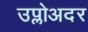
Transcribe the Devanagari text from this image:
उप्लोअदर